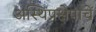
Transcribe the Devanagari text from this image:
अस्थिप्रक्षेपाचें